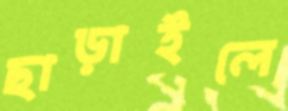
ছাড়াইলে